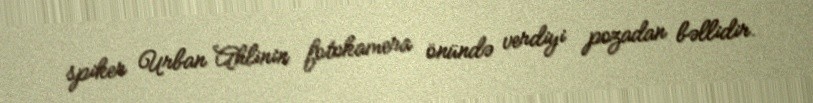
spiker Urban Ahlinin fotokamera önündə verdiyi pozadan bəllidir.